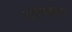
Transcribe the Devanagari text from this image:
टाईलाइट्स